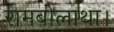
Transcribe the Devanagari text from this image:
रामबोलाथा।